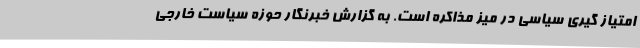
امتیاز گیری سیاسی در میز مذاکره است. به گزارش خبرنگار حوزه سیاست خارجی